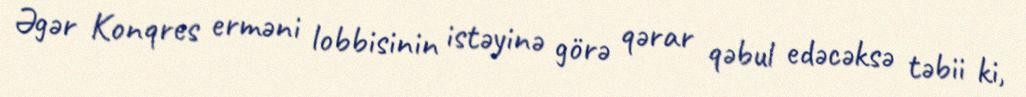
Əgər Konqres erməni lobbisinin istəyinə görə qərar qəbul edəcəksə təbii ki,